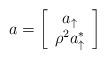
LaTeX: \begin{align*}a=\left[\begin{array}{c}a_{\uparrow}\\ \rho^2 a_{\uparrow}^*\end{array}\right]\end{align*}